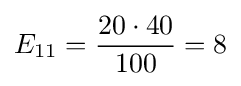
E_{11}={\frac {20\cdot 40}{100}}=8